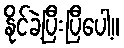
နိုင်ခဲ့ပြီးပြီပေါ့။